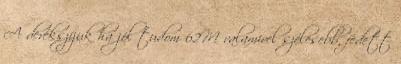
A derékszíjuk ha jól tudom 62M valamivel szélesebb, fedett